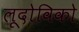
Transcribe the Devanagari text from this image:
लूदोविको